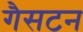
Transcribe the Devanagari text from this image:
गैसटन